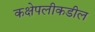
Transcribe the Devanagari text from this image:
कक्षेपलीकडील